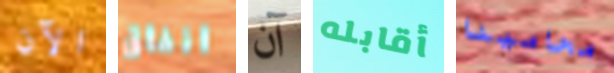
الآن انفاق آن أقابله محامينا